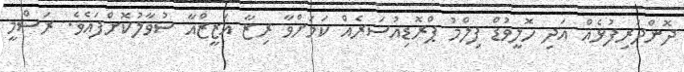
ދޮންދަރިފުޅެއް އަދި ހޮލީވުޑް ފިލްމު ޕްރޮޑިއުސަރެއް ކަމަށްވާ ރިޒާ އަޒީޒްއާ ސުވާލުކޮށްފައެވެ. ރަސްމީ